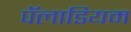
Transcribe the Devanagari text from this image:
पॅलाडियम